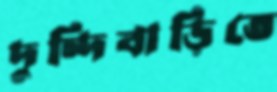
দুন্দিবাড়িতে